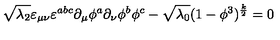
\sqrt { \lambda _ { 2 } } \varepsilon _ { \mu \nu } \varepsilon ^ { a b c } \partial _ { \mu } \phi ^ { a } \partial _ { \nu } \phi ^ { b } \phi ^ { c } - \sqrt { \lambda _ { 0 } } ( 1 - \phi ^ { 3 } ) ^ { \frac { k } { 2 } } = 0